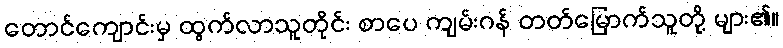
တောင်ကျောင်းမှ ထွက်လာသူတိုင်း စာပေ ကျမ်းဂန် တတ်မြောက်သူတို့ များ၏။